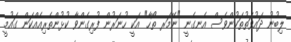
ލިބުނު ދައުވަތުތަކުންވެސް އެނގެނީ "ނޭމަރ ތޯހާ" އަކީ ހުނަރުން ފުރިގެންވާ ކުޅުންތެރިއެއްކަން ގައުމީ